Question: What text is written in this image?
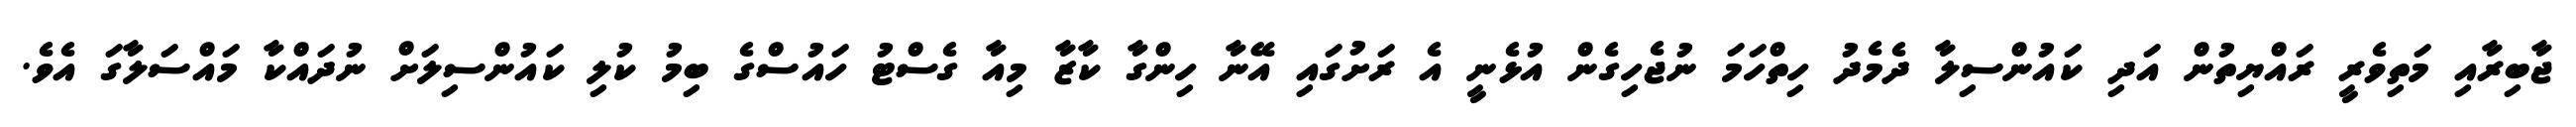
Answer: ޖާބިރާއި މަތިވެރީ ރައްޔިތުން އަދި ކައުންސިލާ ދެމެދު ހިތްހަމަ ނުޖެހިގެން އުޅެނީ އެ ރަށުގައި އޭނާ ހިންގާ ކާޒާ މިއާ ގެސްޓު ހައުސްގެ ބިމު ކުލި ކައުންސިލަށް ނުދައްކާ މައްސަލާގަ އެވެ.